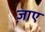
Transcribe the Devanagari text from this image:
ज़ाए